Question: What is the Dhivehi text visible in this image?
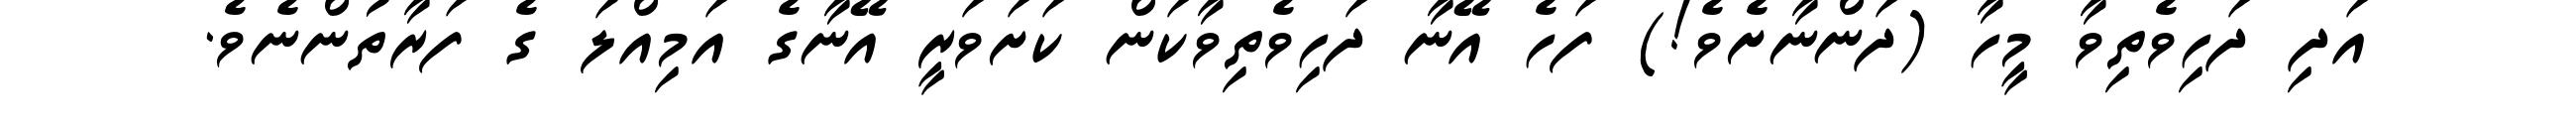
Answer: އަދި ދަހިވެތިވާ މީހާ (ދަންނާށެވެ!) ފަހެ އޭނާ ދަހިވެތިވާކަން ކަށަވަރީ އޭނާގެ އަމިއްލަ ގެ ފަރާތުންނެވެ.